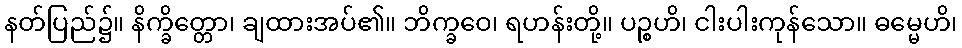
နတ်ပြည်၌။ နိက္ခိတ္တော၊ ချထားအပ်၏။ ဘိက္ခဝေ၊ ရဟန်းတို့။ ပဉ္စဟိ၊ ငါးပါးကုန်သော။ ဓမ္မေဟိ၊